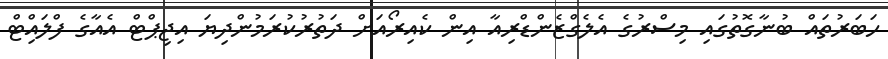
ހަބަރުތައް ބުނާގޮތުގައި މިސްރުގެ އެލެގްޒެންޑްރިއާ އިން ކެއިރޯއަށް ދަތުރުކުރަމުންދިޔަ އިޖިޕްޓް އެއާގެ ފްލައިްޓް